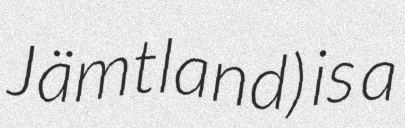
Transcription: Jämtland) is a